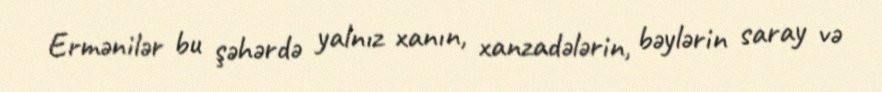
Ermənilər bu şəhərdə yalnız xanın, xanzadələrin, bəylərin saray və